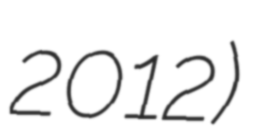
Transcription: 2012)